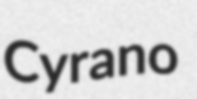
Cyrano